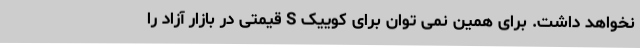
نخواهد داشت. برای همین نمی توان برای کوییک S قیمتی در بازار آزاد را